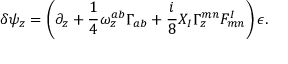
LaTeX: \delta \psi _ { z } = \left( \partial _ { z } + { \frac { 1 } { 4 } } \omega _ { z } ^ { a b } \Gamma _ { a b } + { \frac { i } { 8 } } X _ { I } \Gamma _ { z } ^ { m n } F _ { m n } ^ { I } \right) \epsilon .